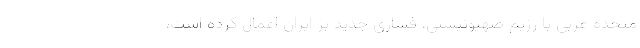
متحده عربی با رژیم صهیونیستی، فشاری جدید بر ایران اعمال کرده است،